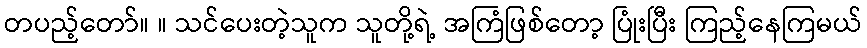
တပည့်တော်။ ။ သင်ပေးတဲ့သူက သူတို့ရဲ့ အကြံဖြစ်တော့ ပြုံးပြီး ကြည့်နေကြမယ်